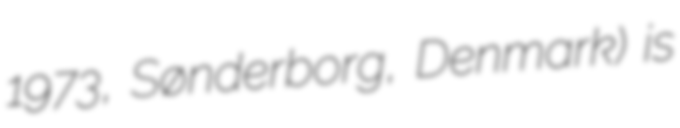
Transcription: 1973, Sønderborg, Denmark) is